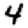
Digit: 4